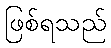
ဖြစ်ရသည်